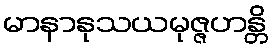
မာနာနုသယမုဇ္ဇဟန္တိ